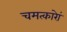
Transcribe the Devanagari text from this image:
चमत्कारेां